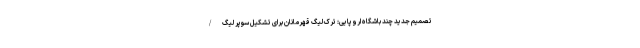
تصمیم جدید چند باشگاه اروپایی: ترک لیگ قهرمانان برای تشکیل سوپر لیگ/